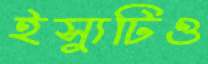
ইস্যুটিও